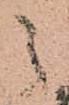
之